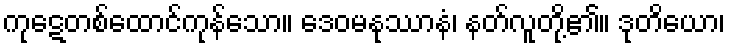
ကုဋေတစ်ထောင်ကုန်သော။ ဒေဝမနုဿာနံ၊ နတ်လူတို့၏။ ဒုတိယော၊